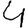
Digit: 4